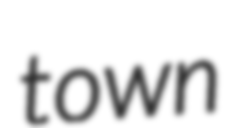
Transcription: town